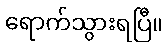
ရောက်သွားရပြီ။